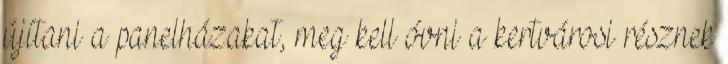
újítani a panelházakat, meg kell óvni a kertvárosi résznek